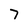
Character: 7